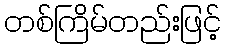
တစ်ကြိမ်တည်းဖြင့်